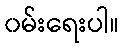
၀မ်းရေးပါ။